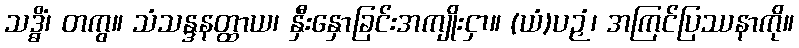
သဒ္ဓိံ၊ တကွ။ သံသန္ဒနတ္ထာယ၊ နှီးနှောခြင်းအကျိုးငှာ။ (ယံ)ပဉှံ၊ အကြင်ပြဿနာကို။